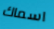
اسماك